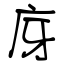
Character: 庌